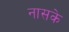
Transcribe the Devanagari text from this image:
नासके